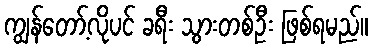
ကျွန်တော့်လိုပင် ခရီး သွားတစ်ဦး ဖြစ်ရမည်။